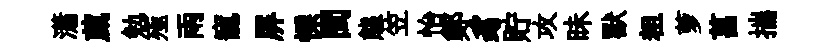
瀟葳勉殛雨寵屏慄閩態笠怡鄭豸貯攻昧獸粗萝菖揣